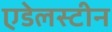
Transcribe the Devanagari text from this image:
एडेलस्टीन